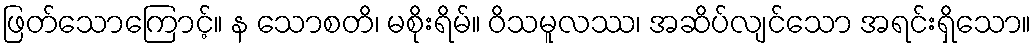
ဖြတ်သောကြောင့်။ န သောစတိ၊ မစိုးရိမ်။ ဝိသမူလဿ၊ အဆိပ်လျင်သော အရင်းရှိသော။